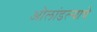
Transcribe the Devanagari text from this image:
ओलांडल्याचे